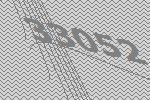
33052